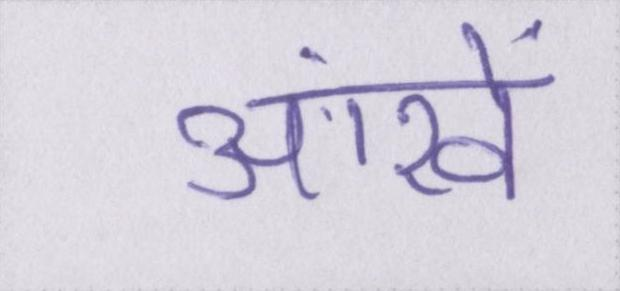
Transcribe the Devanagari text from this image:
आंखें